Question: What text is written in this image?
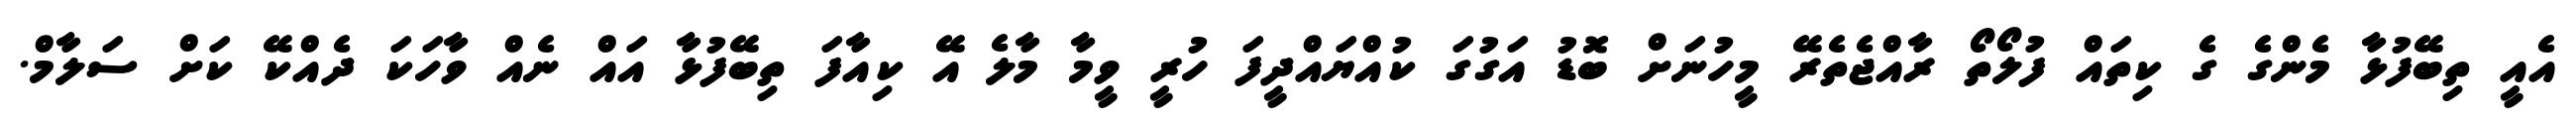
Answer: އެއީ ތިބޭފުޅާ މެންގެ ގެ ކިތައް ފުލޯތޯ ރާއްޖެތެރޭ މީހުނަށް ބޮޑު އަގުގަ ކުއްޔައްދީފަ ހުރީ ވީމާ މާލެ އޭ ކިއާފަ ތިބޭފުޅާ އައް ނެއް ވާހަކަ ދެއްކޭ ކަށް ސަލާމް.